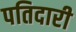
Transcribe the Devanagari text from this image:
पतिदारी